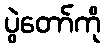
ပွဲတော်ကို